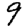
Digit: 9